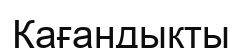
Қағандықты